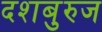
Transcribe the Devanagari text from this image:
दशबुरुज